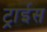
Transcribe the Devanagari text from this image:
ट्राईस